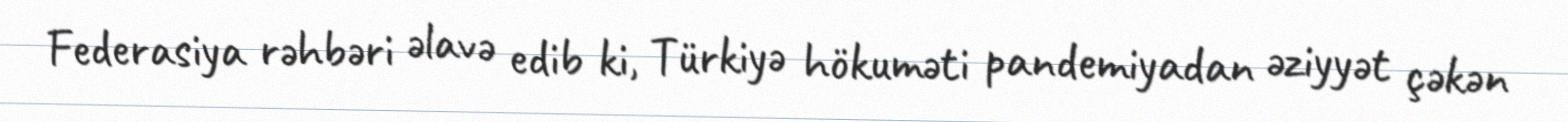
Federasiya rəhbəri əlavə edib ki, Türkiyə hökuməti pandemiyadan əziyyət çəkən